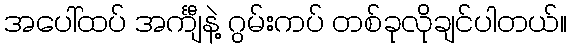
အပေါ်ထပ် အင်္ကျီနဲ့ ဂွမ်းကပ် တစ်ခုလိုချင်ပါတယ်။